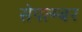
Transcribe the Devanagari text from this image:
सेपत्म्बर